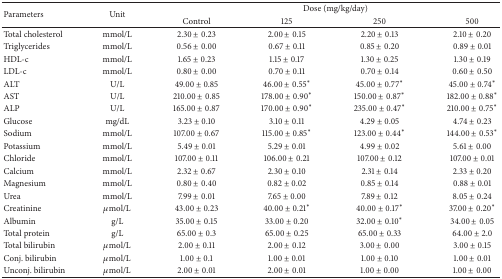
<table><thead><tr><td rowspan="2"><b>Parameters</b></td><td rowspan="2"><b>Unit</b></td><td colspan="4"><b> Dose (mg/kg/day)</b></td></tr><tr><td><b>Control</b></td><td><b>125</b></td><td><b>250</b></td><td><b>500</b></td></tr></thead><tbody><tr><td>Total cholesterol</td><td>mmol/L</td><td>2.30 ± 0.23</td><td>2.00 ± 0.15</td><td>2.20 ± 0.13</td><td>2.10 ± 0.20</td></tr><tr><td>Triglycerides</td><td>mmol/L</td><td>0.56 ± 0.00</td><td>0.67 ± 0.11</td><td>0.85 ± 0.20</td><td>0.89 ± 0.01</td></tr><tr><td>HDL-c</td><td>mmol/L</td><td>1.65 ± 0.23</td><td>1.15 ± 0.17</td><td>1.30 ± 0.25</td><td>1.30 ± 0.19</td></tr><tr><td>LDL-c</td><td>mmol/L</td><td>0.80 ± 0.00</td><td>0.70 ± 0.11</td><td>0.70 ± 0.14</td><td>0.60 ± 0.50</td></tr><tr><td>ALT</td><td>U/L</td><td>49.00 ± 0.85</td><td>46.00 ± 0.55<sup><i>∗</i></sup></td><td>45.00 ± 0.77<sup><i>∗</i></sup></td><td>45.00 ± 0.74<sup><i>∗</i></sup></td></tr><tr><td>AST</td><td>U/L</td><td>210.00 ± 0.85</td><td>178.00 ± 0.90<sup><i>∗</i></sup></td><td>150.00 ± 0.87<sup><i>∗</i></sup></td><td>182.00 ± 0.88<sup><i>∗</i></sup></td></tr><tr><td>ALP</td><td>U/L</td><td>165.00 ± 0.87</td><td>170.00 ± 0.90<sup><i>∗</i></sup></td><td>235.00 ± 0.47<sup><i>∗</i></sup></td><td>210.00 ± 0.75<sup><i>∗</i></sup></td></tr><tr><td>Glucose</td><td>mg/dL</td><td>3.23 ± 0.10</td><td>3.10 ± 0.11</td><td>4.29 ± 0.05</td><td>4.74 ± 0.23</td></tr><tr><td>Sodium</td><td>mmol/L</td><td>107.00 ± 0.67</td><td>115.00 ± 0.85<sup><i>∗</i></sup></td><td>123.00 ± 0.44<sup><i>∗</i></sup></td><td>144.00 ± 0.53<sup><i>∗</i></sup></td></tr><tr><td>Potassium</td><td>mmol/L</td><td>5.49 ± 0.01</td><td>5.29 ± 0.01</td><td>4.99 ± 0.02</td><td>5.61 ± 0.00</td></tr><tr><td>Chloride</td><td>mmol/L</td><td>107.00 ± 0.11</td><td>106.00 ± 0.21</td><td>107.00 ± 0.12</td><td>107.00 ± 0.01</td></tr><tr><td>Calcium</td><td>mmol/L</td><td>2.32 ± 0.67 </td><td>2.30 ± 0.10</td><td>2.31 ± 0.14</td><td>2.33 ± 0.20</td></tr><tr><td>Magnesium</td><td>mmol/L</td><td>0.80 ± 0.40</td><td>0.82 ± 0.02</td><td>0.85 ± 0.14</td><td>0.88 ± 0.01</td></tr><tr><td>Urea</td><td>mmol/L</td><td>7.99 ± 0.01</td><td>7.65 ± 0.00</td><td>7.89 ± 0.12</td><td>8.05 ± 0.24</td></tr><tr><td>Creatinine</td><td><i>μ</i>mol/L</td><td>43.00 ± 0.23</td><td>40.00 ± 0.21<sup><i>∗</i></sup></td><td>40.00 ± 0.17<sup><i>∗</i></sup></td><td>37.00 ± 0.20<sup><i>∗</i></sup></td></tr><tr><td>Albumin</td><td>g/L</td><td>35.00 ± 0.15</td><td>33.00 ± 0.20</td><td>32.00 ± 0.10<sup><i>∗</i></sup></td><td>34.00 ± 0.05</td></tr><tr><td>Total protein</td><td>g/L</td><td>65.00 ± 0.3</td><td>65.00 ± 0.25</td><td>65.00 ± 0.33</td><td>64.00 ± 2.0</td></tr><tr><td>Total bilirubin</td><td><i>μ</i>mol/L</td><td>2.00 ± 0.11</td><td>2.00 ± 0.12</td><td>3.00 ± 0.00</td><td>3.00 ± 0.15</td></tr><tr><td>Conj. bilirubin</td><td><i>μ</i>mol/L</td><td>1.00 ± 0.1</td><td>1.00 ± 0.01</td><td>1.00 ± 0.10</td><td>1.00 ± 0.01</td></tr><tr><td>Unconj. bilirubin</td><td><i>μ</i>mol/L</td><td>2.00 ± 0.01</td><td>2.00 ± 0.01</td><td>1.00 ± 0.00</td><td>1.00 ± 0.00</td></tr></tbody></table>